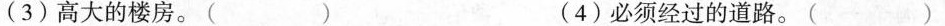
(3)高大的楼房。() (4)必须经过的道路。()